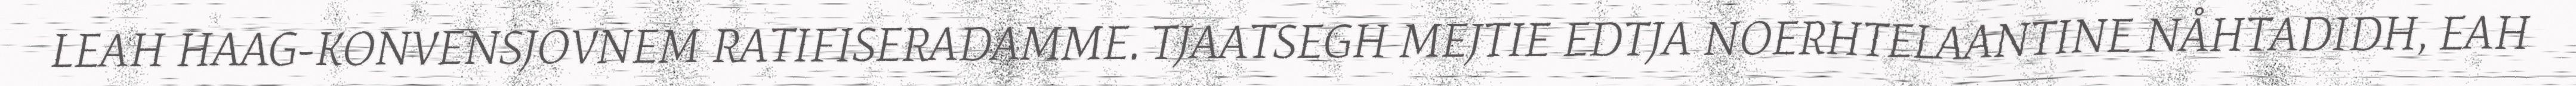
LEAH HAAG-KONVENSJOVNEM RATIFISERADAMME. TJAATSEGH MEJTIE EDTJA NOERHTELAANTINE NÅHTADIDH, EAH